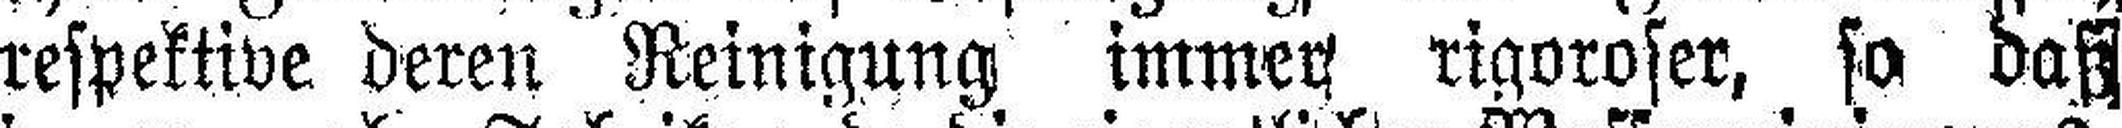
respektive deren Reinigung immer rigoroser, so daß